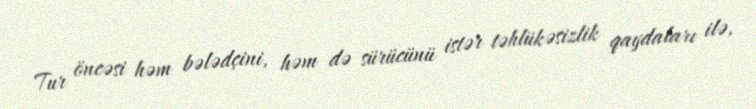
Tur öncəsi həm bələdçini, həm də sürücünü istər təhlükəsizlik qaydaları ilə,